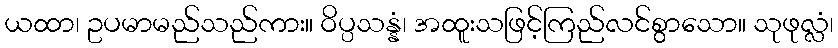
ယထာ၊ ဥပမာမည်သည်ကား။ ဝိပ္ပသန္နံ၊ အထူးသဖြင့်ကြည်လင်စွာသော။ သုဖုလ္လံ၊